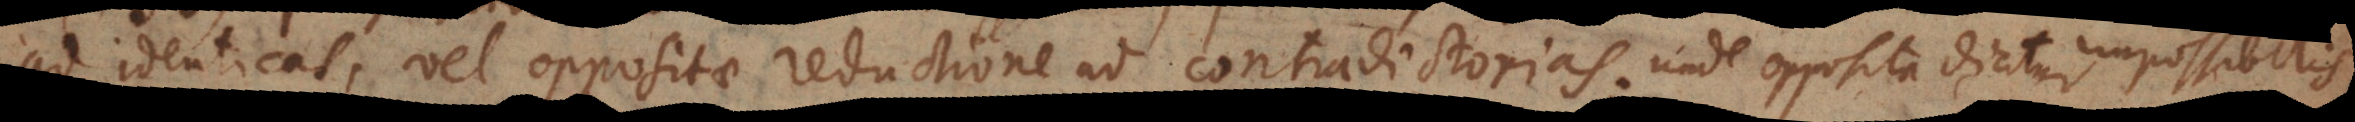
ad identicas, vel oppositae reductione ad contradictorias; § 134) Propositio